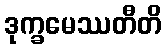
ဒုက္ခမေဿတီတိ